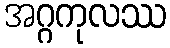
အဂ္ဂကုလဿ